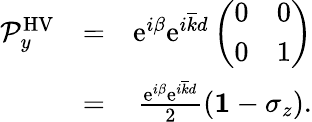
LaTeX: \begin{array}{rlr}{{\mathcal P}_{y}^{\mathrm{HV}}}&{=}&{\mathrm{e}^{i\beta}\mathrm{e}^{i\overline{{k}}d}\left(\begin{array}{cc}{0}&{0}\\ {0}&{1}\end{array}\right)}\\ &{=}&{\frac{\mathrm{e}^{i\beta}\mathrm{e}^{i\overline{{k}}d}}{2}({\mathbf 1}-\sigma_{z}).}\end{array}